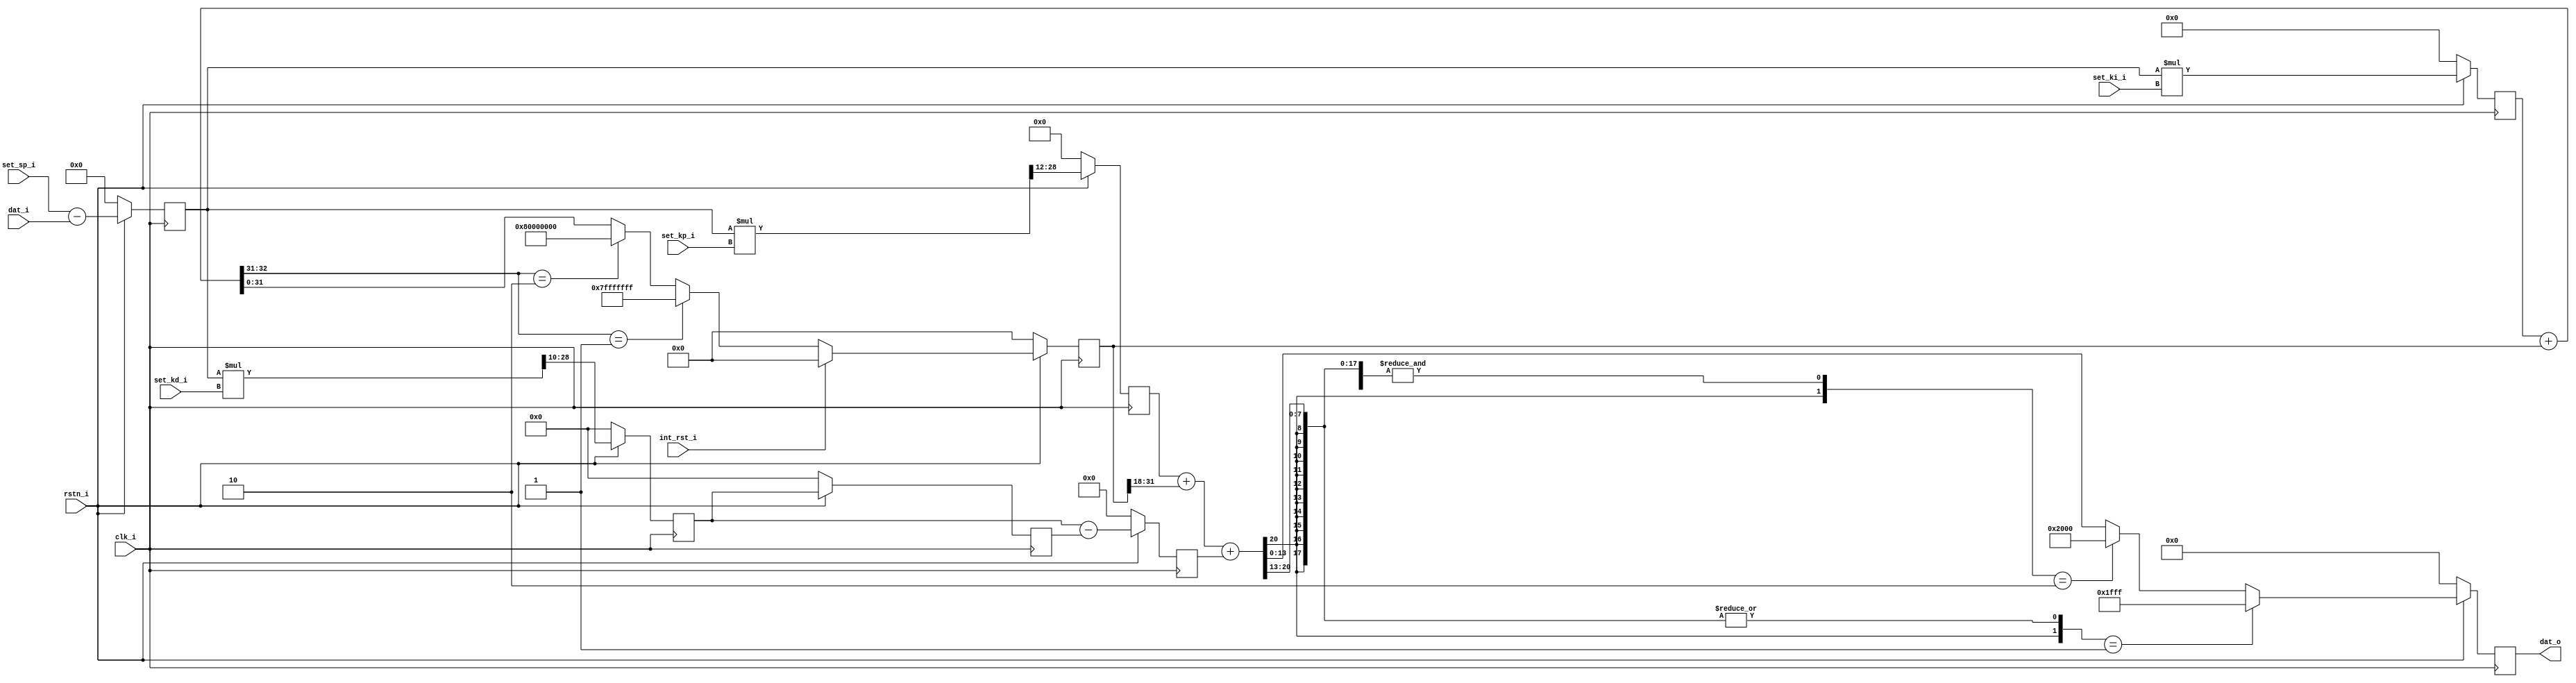
// This program was cloned from: https://github.com/marceluda/rp_lock-in_pid
// License: GNU General Public License v3.0

/**
 * $Id: red_pitaya_pid_block.v 961 2014-01-21 11:40:39Z matej.oblak $
 *
 * @brief Red Pitaya PID controller.
 *
 * @Author Matej Oblak
 *
 * (c) Red Pitaya  http://www.redpitaya.com
 *
 * This part of code is written in Verilog hardware description language (HDL).
 * Please visit http://en.wikipedia.org/wiki/Verilog
 * for more details on the language used herein.
 */



/**
 * GENERAL DESCRIPTION:
 *
 * Proportional-integral-derivative (PID) controller.
 *
 *
 *        /---\         /---\      /-----------\
 *   IN --| - |----+--> | P | ---> | SUM & SAT | ---> OUT
 *        \---/    |    \---/      \-----------/
 *          ^      |                   ^  ^
 *          |      |    /---\          |  |
 *   set ----      +--> | I | ---------   |
 *   point         |    \---/             |
 *                 |                      |
 *                 |    /---\             |
 *                 ---> | D | ------------
 *                      \---/
 *
 *
 * Proportional-integral-derivative (PID) controller is made from three parts. 
 *
 * Error which is difference between set point and input signal is driven into
 * propotional, integral and derivative part. Each calculates its own value which
 * is then summed and saturated before given to output.
 *
 * Integral part has also separate input to reset integrator value to 0.
 * 
 */




module red_pitaya_pid_block #(
   parameter     PSR = 12         ,
   parameter     ISR = 18         ,
   parameter     DSR = 10          
)
(
   // data
   input                 clk_i           ,  // clock
   input                 rstn_i          ,  // reset - active low
   input      [ 14-1: 0] dat_i           ,  // input data
   output     [ 14-1: 0] dat_o           ,  // output data

   // settings
   input      [ 14-1: 0] set_sp_i        ,  // set point
   input      [ 14-1: 0] set_kp_i        ,  // Kp
   input      [ 14-1: 0] set_ki_i        ,  // Ki
   input      [ 14-1: 0] set_kd_i        ,  // Kd
   input                 int_rst_i          // integrator reset
);




//---------------------------------------------------------------------------------
//  Set point error calculation

reg  [ 15-1: 0] error        ;

always @(posedge clk_i) begin
   if (rstn_i == 1'b0) begin
      error <= 15'h0 ;
   end
   else begin
      error <= $signed(set_sp_i) - $signed(dat_i) ;
   end
end








//---------------------------------------------------------------------------------
//  Proportional part

reg   [29-PSR-1: 0] kp_reg        ;
wire  [    29-1: 0] kp_mult       ;

always @(posedge clk_i) begin
   if (rstn_i == 1'b0) begin
      kp_reg  <= {29-PSR{1'b0}};
   end
   else begin
      kp_reg <= kp_mult[29-1:PSR] ;
   end
end

assign kp_mult = $signed(error) * $signed(set_kp_i);








//---------------------------------------------------------------------------------
//  Integrator

reg   [    29-1: 0] ki_mult       ;
wire  [    33-1: 0] int_sum       ;
reg   [    32-1: 0] int_reg       ;
wire  [32-ISR-1: 0] int_shr       ;

always @(posedge clk_i) begin
   if (rstn_i == 1'b0) begin
      ki_mult  <= {29{1'b0}};
      int_reg  <= {32{1'b0}};
   end
   else begin
      ki_mult <= $signed(error) * $signed(set_ki_i) ;

      if (int_rst_i)
         int_reg <= 32'h0; // reset
      else if (int_sum[33-1:33-2] == 2'b01) // positive saturation
         int_reg <= 32'h7FFFFFFF; // max positive
      else if (int_sum[33-1:33-2] == 2'b10) // negative saturation
         int_reg <= 32'h80000000; // max negative
      else
         int_reg <= int_sum[32-1:0]; // use sum as it is
   end
end

assign int_sum = $signed(ki_mult) + $signed(int_reg) ;
assign int_shr = int_reg[32-1:ISR] ;






//---------------------------------------------------------------------------------
//  Derivative

wire  [    29-1: 0] kd_mult       ;
reg   [29-DSR-1: 0] kd_reg        ;
reg   [29-DSR-1: 0] kd_reg_r      ;
reg   [29-DSR  : 0] kd_reg_s      ;


always @(posedge clk_i) begin
   if (rstn_i == 1'b0) begin
      kd_reg   <= {29-DSR{1'b0}};
      kd_reg_r <= {29-DSR{1'b0}};
      kd_reg_s <= {29-DSR+1{1'b0}};
   end
   else begin
      kd_reg   <= kd_mult[29-1:DSR] ;
      kd_reg_r <= kd_reg;
      kd_reg_s <= $signed(kd_reg) - $signed(kd_reg_r);
   end
end

assign kd_mult = $signed(error) * $signed(set_kd_i) ;












//---------------------------------------------------------------------------------
//  Sum together - saturate output

wire  [   33-1: 0] pid_sum     ; // biggest posible bit-width
reg   [   14-1: 0] pid_out     ;

always @(posedge clk_i) begin
   if (rstn_i == 1'b0) begin
      pid_out    <= 14'b0 ;
   end
   else begin
      if ({pid_sum[33-1],|pid_sum[32-2:13]} == 2'b01) //positive overflow
         pid_out <= 14'h1FFF ;
      else if ({pid_sum[33-1],&pid_sum[33-2:13]} == 2'b10) //negative overflow
         pid_out <= 14'h2000 ;
      else
         pid_out <= pid_sum[14-1:0] ;
   end
end

assign pid_sum = $signed(kp_reg) + $signed(int_shr) + $signed(kd_reg_s) ;






assign dat_o = pid_out ;



endmodule